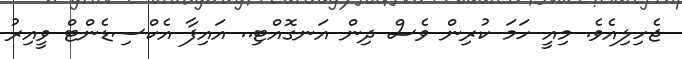
ޖެހިލިއެވެ. މިއީ ހަމަ ކުރިން ވެސް ދިން އަނގޮއްޓި.. އައިފާ އެކްސިޑެންޓް ވީއިރު